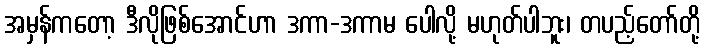
အမှန်ကတော့ ဒီလိုဖြစ်အောင်ဟာ ဒကာ-ဒကာမ ပေါလို့ မဟုတ်ပါဘူး၊ တပည့်တော်တို့